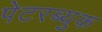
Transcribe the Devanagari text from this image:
पेटरब्युक